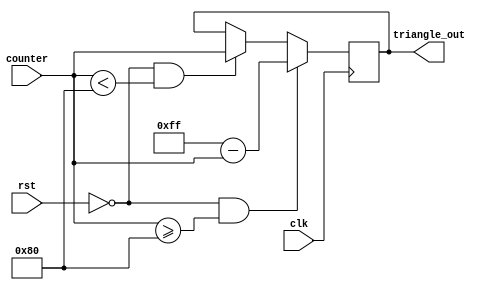
`timescale 1 ps/ 1 ps

module triangle_wave(clk,
                     rst,
                     counter,
                     triangle_out);
                   
   input clk,
         rst;
   input [7:0]  counter;
   output reg [7:0] triangle_out;

   always @(posedge clk) begin
        if (rst == 1'b0  &&  counter < 8'b10000000) 
          triangle_out <= counter;
        if (rst == 1'b0  &&  counter >= 8'b10000000)
          triangle_out <= 8'b11111111 - counter;
   end

endmodule